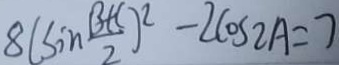
8 ( \sin \frac { B + C } { 2 } ) ^ { 2 } - 2 \cos 2 A = 7